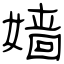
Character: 嫱